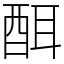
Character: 䣵